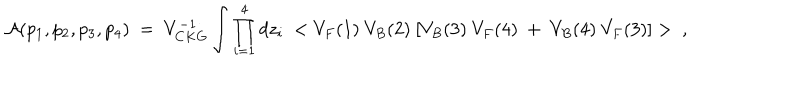
{ \cal A } ( p _ { 1 } , p _ { 2 } , p _ { 3 } , p _ { 4 } ) ~ = ~ V _ { C K G } ^ { - 1 } \int \prod _ { i = 1 } ^ { 4 } d z _ { i } ~ < { V _ { F } ( 1 ) ~ V _ { B } ( 2 ) ~ [ V _ { B } ( 3 ) ~ V _ { F } ( 4 ) ~ + ~ V _ { B } ( 4 ) ~ V _ { F } ( 3 ) ] } > ~ ,